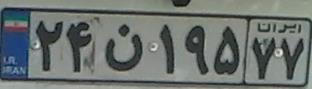
۲۴ن۱۹۵۷۷